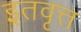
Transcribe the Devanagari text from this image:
इतवृत्त